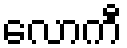
လောကီ